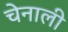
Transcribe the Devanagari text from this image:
चेनाली